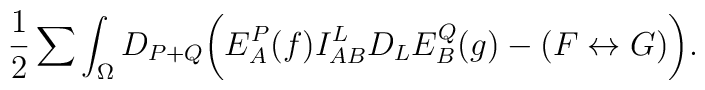
{1 \over 2}\sum\int_{\Omega} D_{P+Q}\biggl(E^P_A(f)I^L_{AB}D_LE^Q_B(g) - (F \leftrightarrow G) \biggr) .